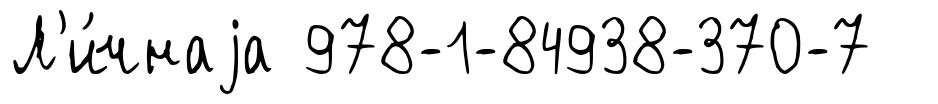
Л'и́чнаjа 978-1-84938-370-7